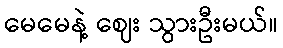
မေမေနဲ့ ဈေး သွားဦးမယ်။